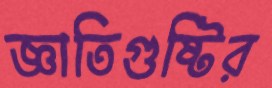
জ্ঞাতিগুষ্টির